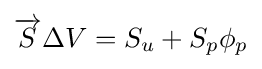
{\overrightarrow {S}}\Delta V=S_{u}+S_{p}\phi _{p}